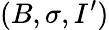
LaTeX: (B,\sigma,I^{\prime})